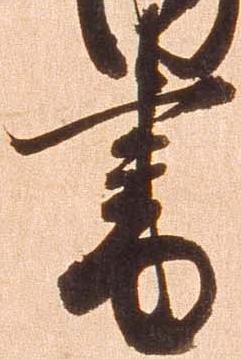
書